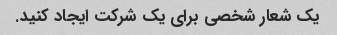
یک شعار شخصی برای یک شرکت ایجاد کنید.